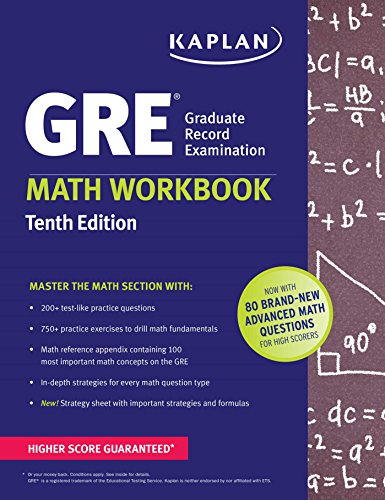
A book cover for GRE Math Workbook (Kaplan Test Prep); Kaplan; Test Preparation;